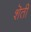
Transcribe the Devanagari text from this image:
शॆती